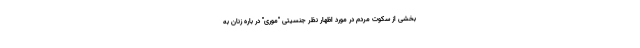
بخشی از سکوت مردم در مورد اظهار نظر جنسیتی "موری" در باره زنان به